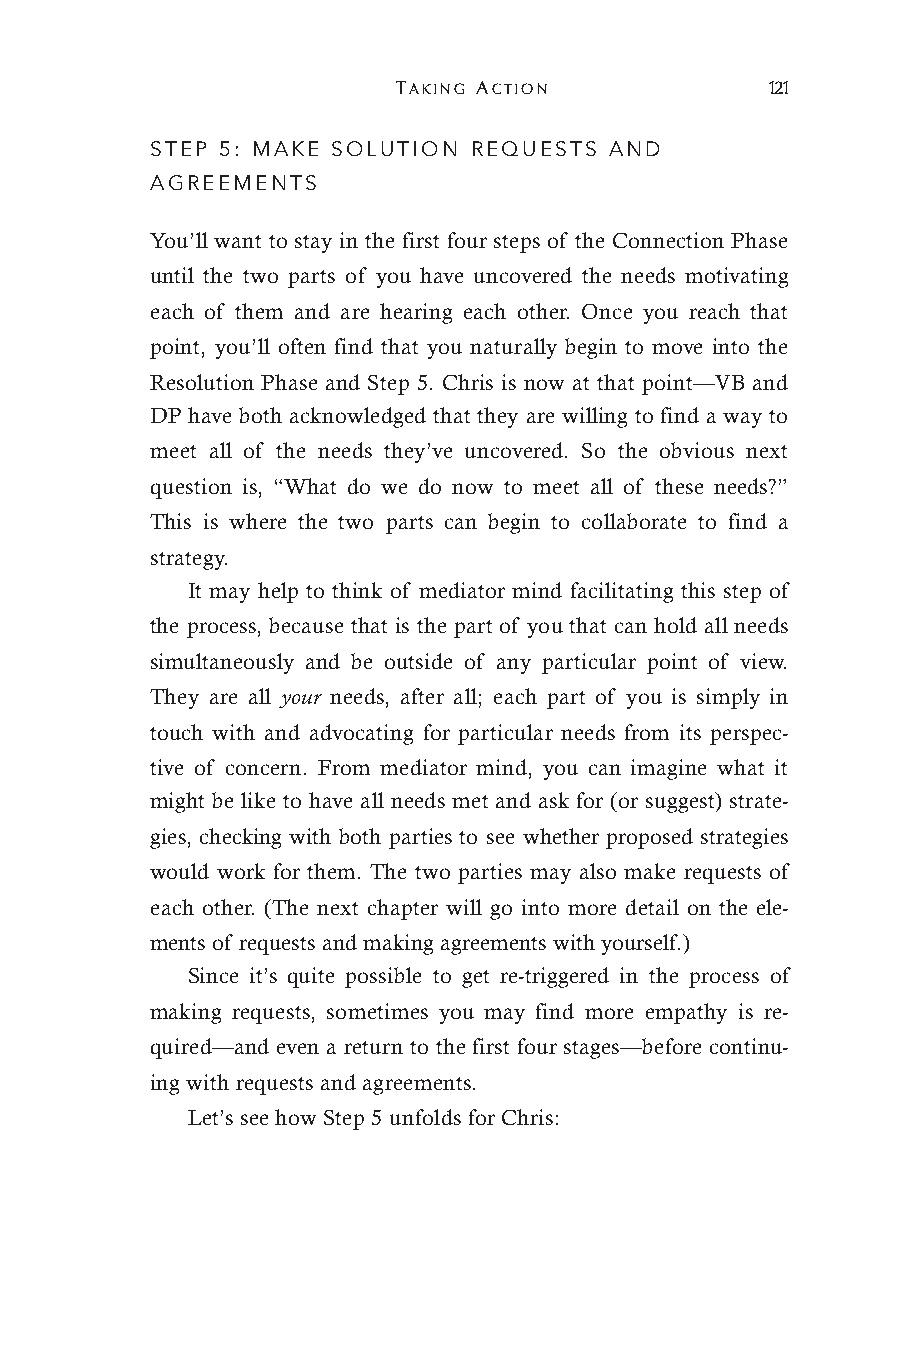
TAKING ACTION            121
 STEP 5: MAKE SOLUTION REQUESTS AND
 AGREEMENTS
 You’ll want to stay in the first four steps of the Connection Phase
 until the two parts of you have uncovered the needs motivating
 each of them and are hearing each other. Once you reach that
 point, you’ll often find that you naturally begin to move into the
 Resolution Phase and Step 5. Chris is now at that point—VB and
 DP have both acknowledged that they are willing to find a way to
 meet all of the needs they’ve uncovered. So the obvious next
 question is, “What do we do now to meet all of these needs?”
 This is where the two parts can begin to collaborate to find a
 strategy.
 It may help to think of mediator mind facilitating this step of
 the process, because that is the part of you that can hold all needs
 simultaneously and be outside of any particular point of view.
 They are all your needs, after all; each part of you is simply in
 touch with and advocating for particular needs from its perspec-
 tive of concern. From mediator mind, you can imagine what it
 might be like to have all needs met and ask for (or suggest) strate-
 gies, checking with both parties to see whether proposed strategies
 would work for them. The two parties may also make requests of
 each other. (The next chapter will go into more detail on the ele-
 ments of requests and making agreements with yourself.)
 Since it’s quite possible to get re-triggered in the process of
 making requests, sometimes you may find more empathy is re-
 quired—and even a return to the first four stages—before continu-
 ing with requests and agreements.
 Let’s see how Step 5 unfolds for Chris: